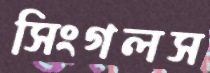
সিংগলস